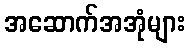
အဆောက်အအုံများ